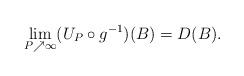
LaTeX: \begin{align*} \lim_{P \nearrow \infty} ( U_P \circ g^{-1} )(B) = D(B).\end{align*}